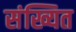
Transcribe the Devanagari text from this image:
संख्यित